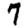
Digit: 7